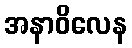
အနာဝိလေန